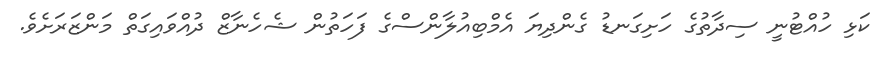
ކަޅި ހުއްޓުނީ ސިދާތުގެ ހަށިގަނޑު ގެންދިޔަ އެމްބިއުލާންސްގެ ފަހަތުން ޝެހެނާޒް ދުއްވައިގަތް މަންޒަރަށެވެ.